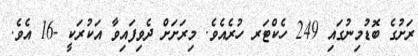
ރަށުގެ ބޮޑުމިނުގައި 249 ހެކްޓަރ ހުރެއެވެ. މިރަށަށް ދެވިފައިވާ އަކުރަކީ -16 އެވެ.